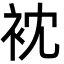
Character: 衴